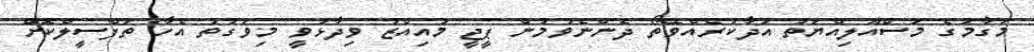
މަގާމުގެ މަސްއޫލިއްޔަތު އަދާކުރެއްވޭތޯ ދެންނެވުމުން ޕީޖީ މުއިއްޒު ވިދާޅުވީ މިވަގުތު އެހާ ތަފްސީލްކޮށް